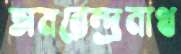
অমরেন্দ্রনাথ